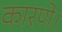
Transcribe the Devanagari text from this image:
कारणे।